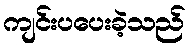
ကျင်းပပေးခဲ့သည်